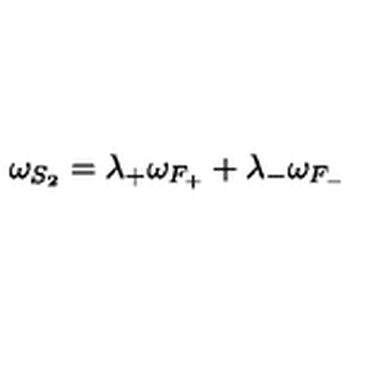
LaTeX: \omega _ { S _ { 2 } } = \lambda _ { + } \omega _ { F _ { + } } + \lambda _ { - } \omega _ { F _ { - } }